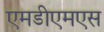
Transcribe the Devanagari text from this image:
एमडीएमएस